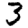
Digit: 3